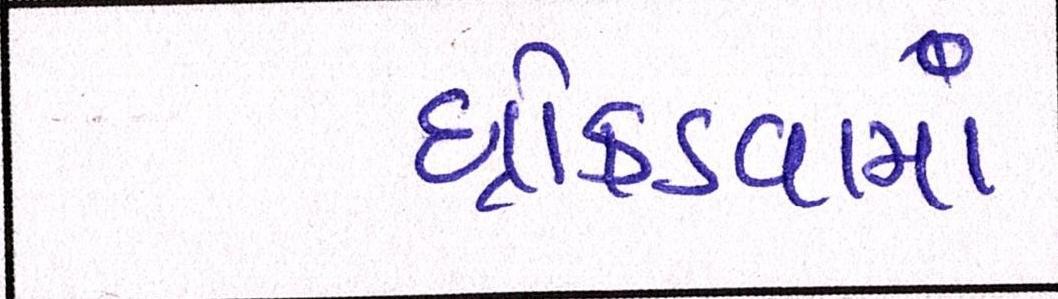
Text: ધ્રોકડવામાં